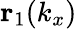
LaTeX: \mathbf{r}_{1}(k_{x})